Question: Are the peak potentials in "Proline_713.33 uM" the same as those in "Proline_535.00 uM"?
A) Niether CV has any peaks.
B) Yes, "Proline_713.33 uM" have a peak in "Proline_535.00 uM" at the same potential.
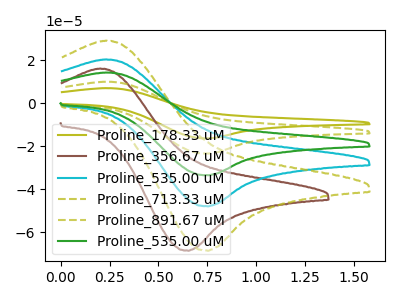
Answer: <think>The olive curve "Proline_178.33 uM" has an anodic peak at (0.25V, 81.10uA) and a cathodic peak at (0.75V, -192.10uA). The brown curve "Proline_356.67 uM" has an anodic peak at (0.20V, 16.05uA) and a cathodic peak at (0.65V, -68.65uA). The cyan curve "Proline_535.00 uM" has an anodic peak at (0.25V, 20.30uA) and a cathodic peak at (0.75V, -48.05uA). The olive dashed curve "Proline_713.33 uM" has an anodic peak at (0.25V, 29.00uA) and a cathodic peak at (0.75V, -68.65uA). The olive dashed curve "Proline_891.67 uM" has an anodic peak at (0.25V, 60.85uA) and a cathodic peak at (0.75V, -144.10uA). The green curve "Proline_535.00 uM" has an anodic peak at (0.25V, 40.55uA) and a cathodic peak at (0.75V, -96.05uA).</think>
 <answer>B) Yes, "Proline_713.33 uM" have a peak in "Proline_535.00 uM" at the same potential.</answer>
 <eval>B</eval>